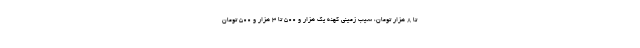
تا ۸ هزار تومان، سیب زمینی کهنه یک هزار و ۵۰۰ تا ۳ هزار و ۵۰۰ تومان